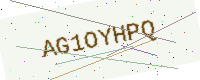
Text: AG1OYHPQ